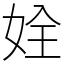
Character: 姾